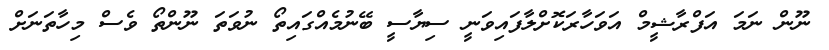
ނޫން ނަމަ އަފްރާޝީމް އަވަހާރަކޮށްލާފައިވަނީ ސިޔާސީ ބޭނުމެއްގައިތޯ ނުވަތަ ނޫންތޯ ވެސް މިހާތަނަށް